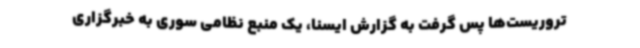
تروریست‌ها پس گرفت به گزارش ایسنا، یک منبع نظامی سوری به خبرگزاری